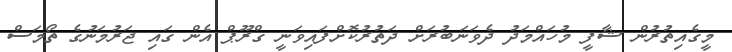
މީގެއިތުރުން ޝާފީ މުހައްމަދު ދެވަނަބުރަށް ދަތުރުކޮށްފައިވަނީ ގްރޫޕް އެން ގައި ޖަރުމަނުގެ ތޯމަސް